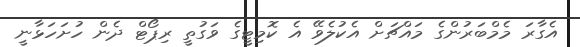
އެގާރަ މެމްބަރުންގެ މައްޗަށް އެކުލެވޭ އެ ކޮމިޓީގެ ވަގުތީ ރިޕޯޓް ދެން ހުށަހަޅާނީ